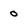
Character: 0